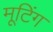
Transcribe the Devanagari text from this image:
मूटिंग